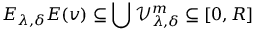
E _ { \lambda , \delta } E ( v ) \subseteq \bigcup \mathcal { V } _ { \lambda , \delta } ^ { m } \subseteq [ 0 , R ]